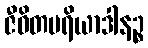
ဇီဝိတပရိယာဒါနဉ္စ